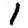
Digit: 1